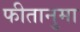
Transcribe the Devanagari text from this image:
फीतानुमा